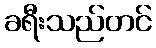
ခရီးသည်တင်